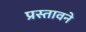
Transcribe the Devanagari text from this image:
प्रस्तावने